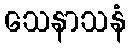
သေနာသနံ